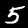
Digit: 5